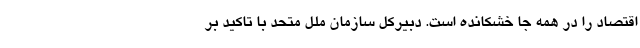
اقتصاد را در همه جا خشکانده است. دبیرکل سازمان ملل متحد با تاکید بر